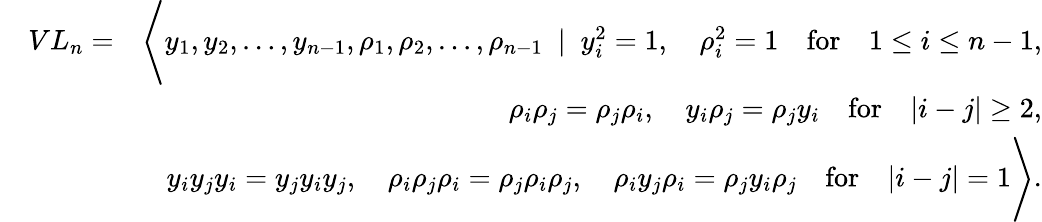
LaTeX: \begin{array}{rlr}&{VL_{n}=}&{\Bigg\langle y_{1},y_{2},\ldots,y_{n-1},\rho_{1},\rho_{2},\ldots,\rho_{n-1}~\mid~y_{i}^{2}=1,\quad\rho_{i}^{2}=1\quad\mathrm{for}\quad 1\leq i\leq n-1,}\\ &{}&{\rho_{i}\rho_{j}=\rho_{j}\rho_{i},\quad y_{i}\rho_{j}=\rho_{j}y_{i}\quad\mathrm{for}\quad|i-j|\ge 2,}\\ &{}&{y_{i}y_{j}y_{i}=y_{j}y_{i}y_{j},\quad\rho_{i}\rho_{j}\rho_{i}=\rho_{j}\rho_{i}\rho_{j},\quad\rho_{i}y_{j}\rho_{i}=\rho_{j}y_{i}\rho_{j}\quad\mathrm{for}\quad|i-j|=1\Bigg\rangle.}\end{array}